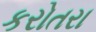
કરોતરા